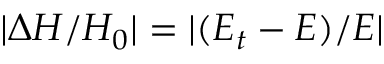
| \Delta H / H _ { 0 } | = | ( E _ { t } - E ) / E |